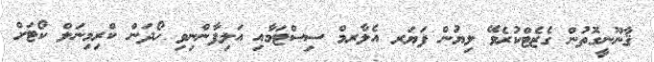
ޤާނޫނީގޮތުން ގެޒެޓްކުރެވޭ ލިޔުން ފަޔަރ އެލާރމް ސިސްޓަމާއި އަލިފާންނިވި ހޯދަން ކްރިމިނަލް ކޯޓަށް